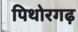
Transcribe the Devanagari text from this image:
पिथोरगढ़